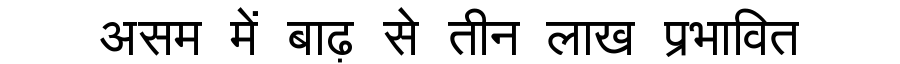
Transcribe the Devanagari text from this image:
असम में बाढ़ से तीन लाख प्रभावित